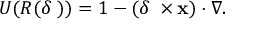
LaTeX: U ( R ( \delta \mathbf { \theta } ) ) = 1 - ( \delta \mathbf { \theta } \times \mathbf { x } ) \cdot \nabla .